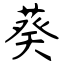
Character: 葵